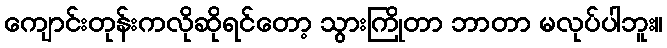
ကျောင်းတုန်းကလိုဆိုရင်တော့ သွားကြိုတာ ဘာတာ မလုပ်ပါဘူး။